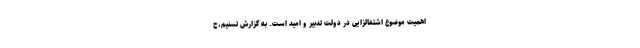
اهمیت موضوع اشتغالزایی در دولت تدبیر و امید است. به گزارش تسنیم،ح